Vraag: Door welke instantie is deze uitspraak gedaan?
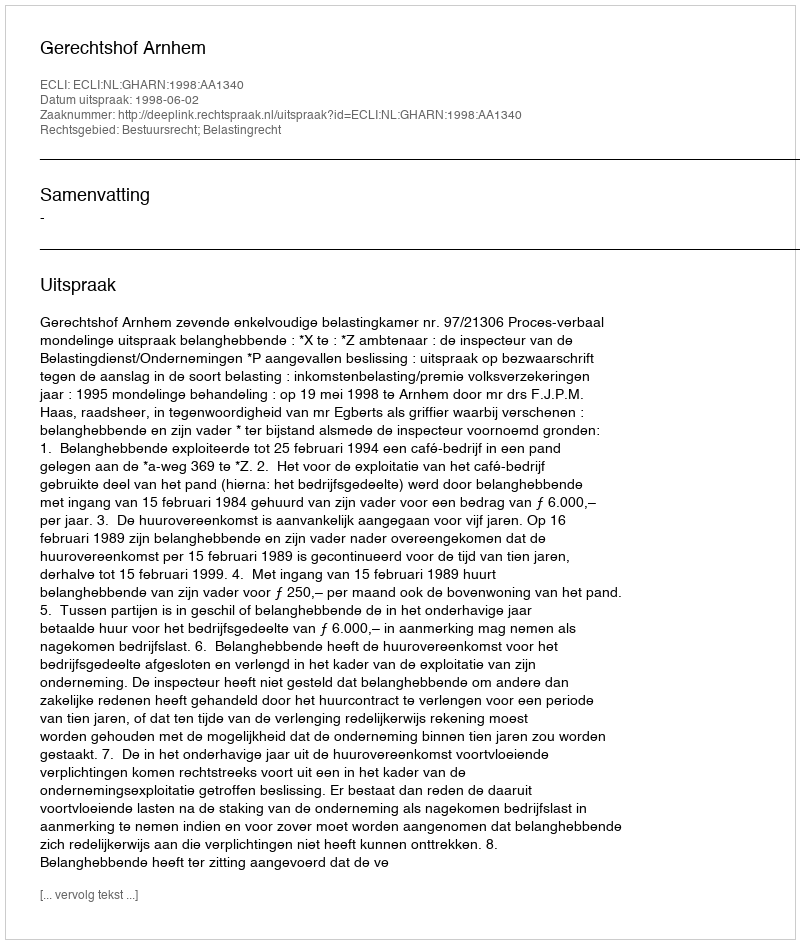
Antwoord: Gerechtshof Arnhem